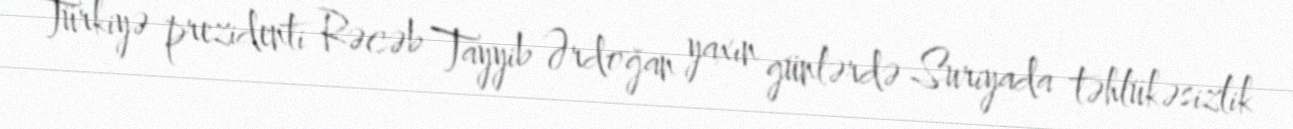
Türkiyə prezidenti Rəcəb Tayyib Ərdoğan yaxın günlərdə Suriyada təhlükəsizlik